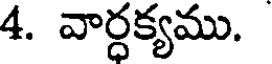
4. వార్ధక్యము.